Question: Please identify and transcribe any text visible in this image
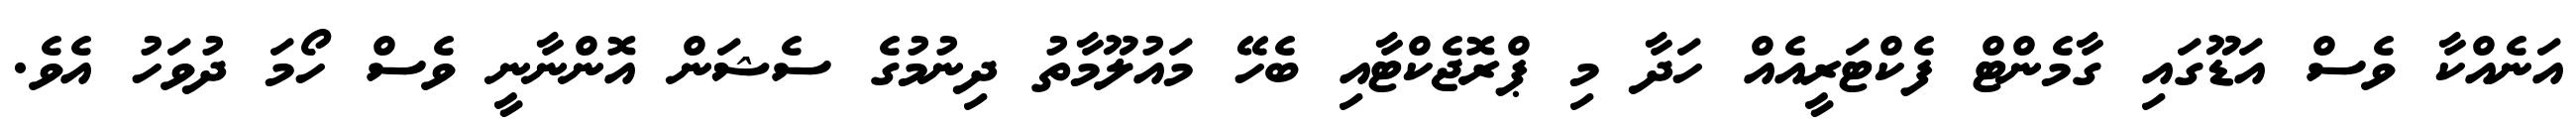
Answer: އަނެއްކާ ވެސް އަޑޫގައި ގާމެންޓް ފެކްޓަރީއެއް ހަދާ މި ޕްރޮޖެކްޓާއި ބެހޭ މައުލޫމާތު ދިނުމުގެ ސެޝަން އޮންނާނީ ވެސް ހޯމަ ދުވަހު އެވެ.